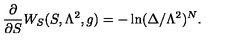
{ \frac { \partial } { \partial S } } W _ { S } ( S , \Lambda ^ { 2 } , g ) = - \ln ( \Delta / \Lambda ^ { 2 } ) ^ { N } .